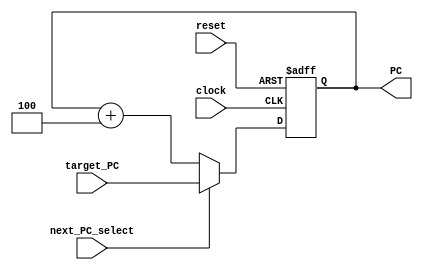
// Name: Sarina Sabharwal, Mario Han
// BU ID: U83678891, U28464330
// EC413 Project: Fetch Module

module fetch #(
  parameter ADDRESS_BITS = 16
) (
  input  clock,
  input  reset,
  input  next_PC_select,
  input  [ADDRESS_BITS-1:0] target_PC,
  output [ADDRESS_BITS-1:0] PC
);

reg [ADDRESS_BITS-1:0] PC_reg;

assign PC = PC_reg;

/******************************************************************************
*                      Start Your Code Here
******************************************************************************/


always @(posedge clock or posedge reset)
begin

if(reset)
    begin
    PC_reg <= 16'b0;
    end
else
    begin
    PC_reg <= (next_PC_select == 1'b1)? target_PC : (PC_reg + 4);
    end
end
endmodule